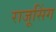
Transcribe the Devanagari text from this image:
राजूसिंग